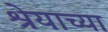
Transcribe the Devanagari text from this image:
श्रेयाच्या